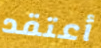
أعتقد